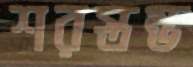
শরস্তম্ভ